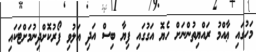
މަހުގައި ޢާއްމު ރައްޔިތުންނަށް ހެޔޮ އަގުގައި ފިޔާ ބިސް އަދި އަލުވި ފޯރުކޮށްދިނުމަށްޓަކައި